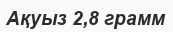
Ақуыз 2,8 грамм